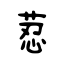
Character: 荵